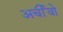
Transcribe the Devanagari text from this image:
अर्चीवो